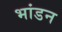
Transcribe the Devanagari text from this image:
भांडन